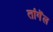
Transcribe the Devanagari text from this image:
तांगॆल